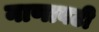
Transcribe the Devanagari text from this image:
नाणावटी